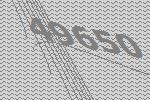
49650